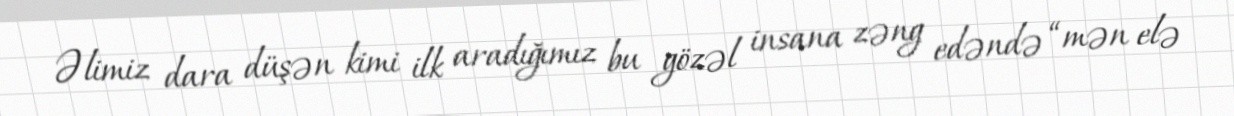
Əlimiz dara düşən kimi ilk aradığımız bu gözəl insana zəng edəndə “mən elə